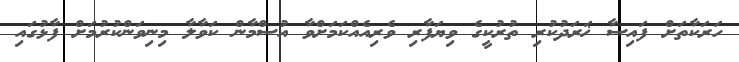
ހަރަކާތަށް ފައިސާ ޚަރަދުކުރި ތުރުކީގެ ވިޔަފާރި ވެރިއެއްކަމަށްވާ އުސްމާން ކަވާލާ މިނިވަންކުރުމަށް ފާޅުގައި